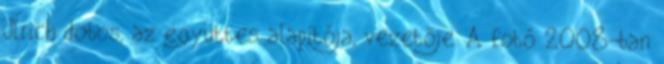
Ulrich dobos, az együttes alapítója, vezetője. A fotó 2008-ban